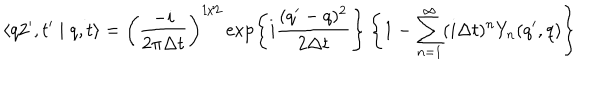
LaTeX: \langle q 2 ^ { \prime } , t ^ { \prime } \mid q , t \rangle = \left( \frac { - i } { 2 \pi \Delta t } \right) ^ { 1 / 2 } \exp \left\{ i \frac { ( q ^ { \prime } - q ) ^ { 2 } } { 2 \Delta t } \right\} \left\{ 1 - \sum _ { n = 1 } ^ { \infty } ( i \Delta t ) ^ { n } Y _ { n } ( q ^ { \prime } , q ) \right\}